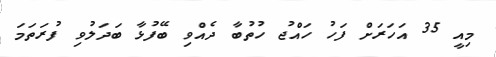
މިއީ 35 އަހަރަށް ފަހު ހައްޖު ހުތުބާ ދެއްވި ބޭފުޅާ ބަދަލުވި ފުރަތަމަ